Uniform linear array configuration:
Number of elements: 32
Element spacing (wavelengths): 0.5
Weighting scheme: binomial
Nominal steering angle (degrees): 15
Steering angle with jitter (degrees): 16.38
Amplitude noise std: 0.05
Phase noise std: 0.05

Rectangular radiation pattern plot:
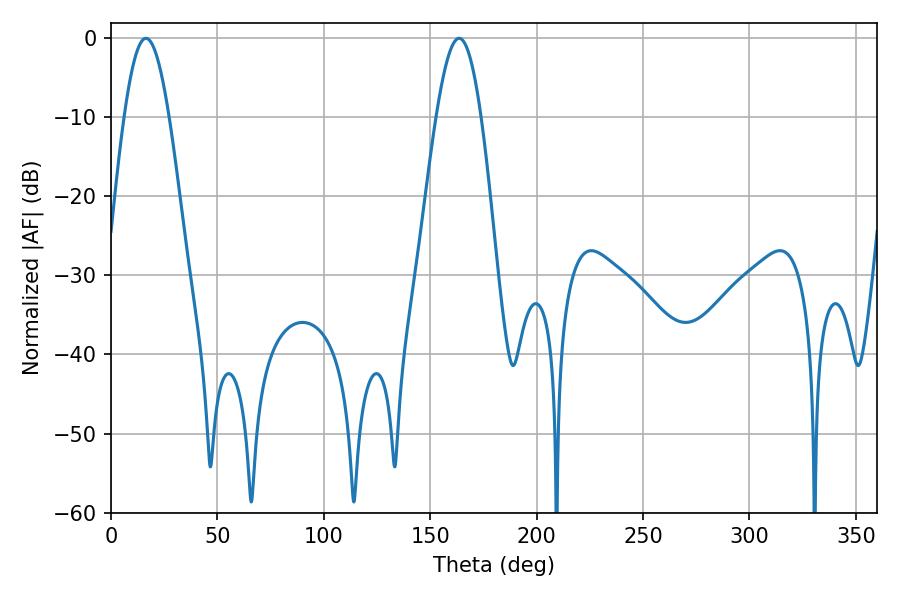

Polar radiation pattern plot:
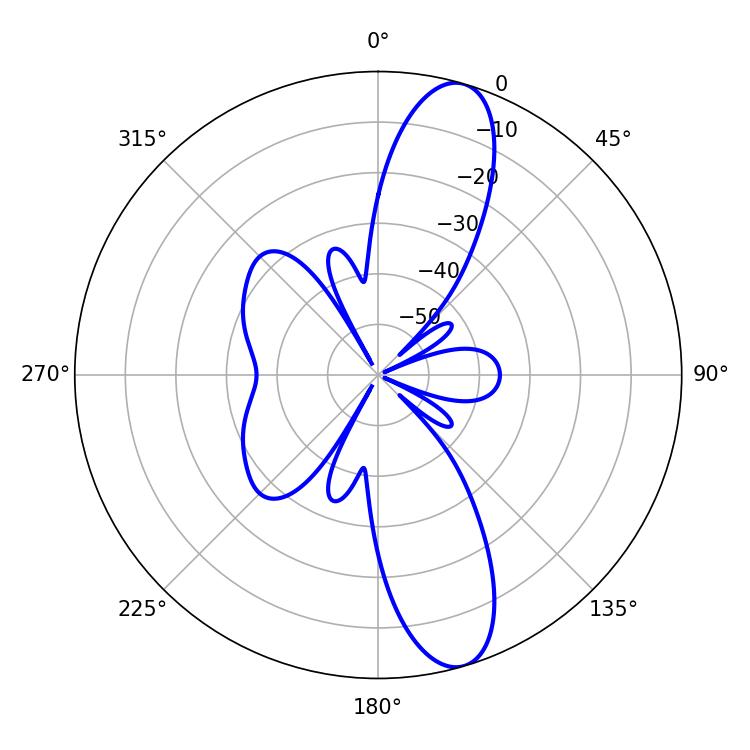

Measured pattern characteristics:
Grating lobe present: FALSE
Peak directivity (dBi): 12.168
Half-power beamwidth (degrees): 11.34
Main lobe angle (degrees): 16.38